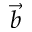
\Vec { b }